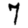
Digit: 7